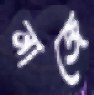
নাজে